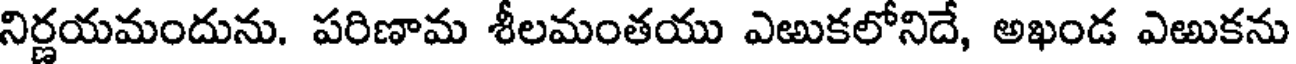
నిర్ణయమందును. పరిణామ శీలమంతయు ఎఱుకలోనిదే, అఖండ ఎఱుకను